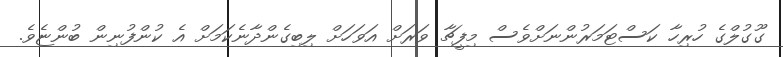
ގޫގުލްގެ ހުރިހާ ކަސްޓަމަރުންނަށްވެސް މިފީޗާ ވަރަށް އަވަހަށް ލިބިގެންދާނެކަމަށް އެ ކުންފުނިން ބުންޏެވެ.